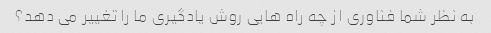
به نظر شما فناوری از چه راه هایی روش یادگیری ما را تغییر می دهد؟